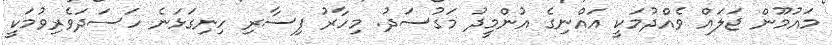
މައުމޫން ޖަލައް ވެއްދުމަކީ އައްނިގެ އުންމީދު މަގުސަދު. މިހާރު ފިސާރި ހިނިގަޅަނެ ހަސަދަވެރިވުމަކީ